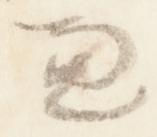
兼